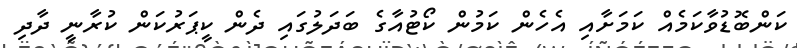
ކަންބޮޑުވާކަމެއް ކަމަށާއި އެހެން ކަމުން ކޯޓުއާގެ ބަދަލުގައި ދެން ކީޕަރުކަން ކުރާނީ ދާދި